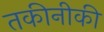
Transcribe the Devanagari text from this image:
तकीनीकी